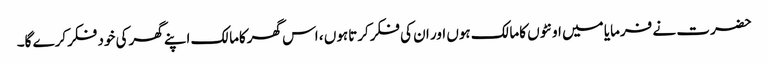
حضرت نے فرمایا میں اونٹوں کامالک ہوں اور ان کی فکرکرتاہوں ، اس گھرکامالک اپنے گھرکی خود فکرکرے گا۔